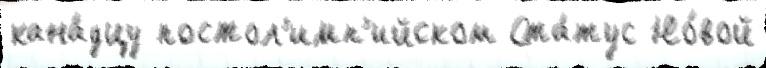
кана́дцу постол'имп'ийском Ста́тус Но́вой